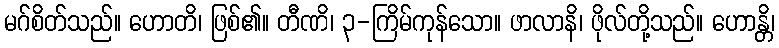
မဂ်စိတ်သည်။ ဟောတိ၊ ဖြစ်၏။ တီဏိ၊ ၃-ကြိမ်ကုန်သော။ ဖာလာနိ၊ ဖိုလ်တို့သည်။ ဟောန္တိ၊